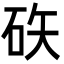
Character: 䂠